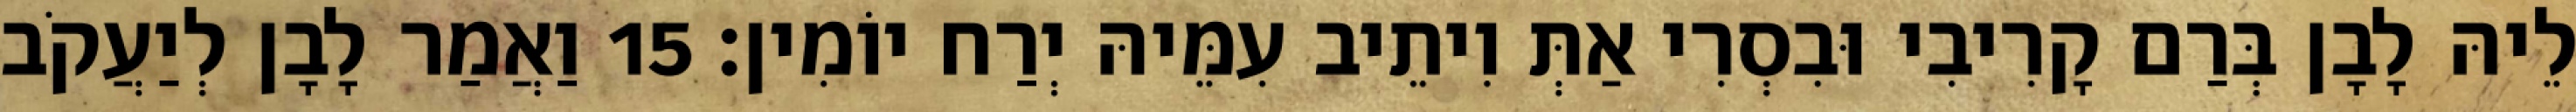
לֵיהּ לָבָן בְּרַם קָרִיבִי וּבִסְרִי אַתְּ וִיתֵיב עִמֵּיהּ יְרַח יוֹמִין׃ 15 וַאֲמַר לָבָן לְיַעֲקֹב